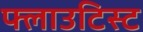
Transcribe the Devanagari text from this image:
फ्लाउटिस्ट